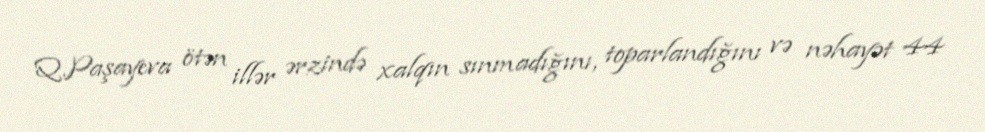
Q.Paşayeva ötən illər ərzində xalqın sınmadığını, toparlandığını və nəhayət 44